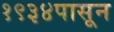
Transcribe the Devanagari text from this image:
१९३४पासून